Vabadussoja_Ajaloo_Komitee, lk 260
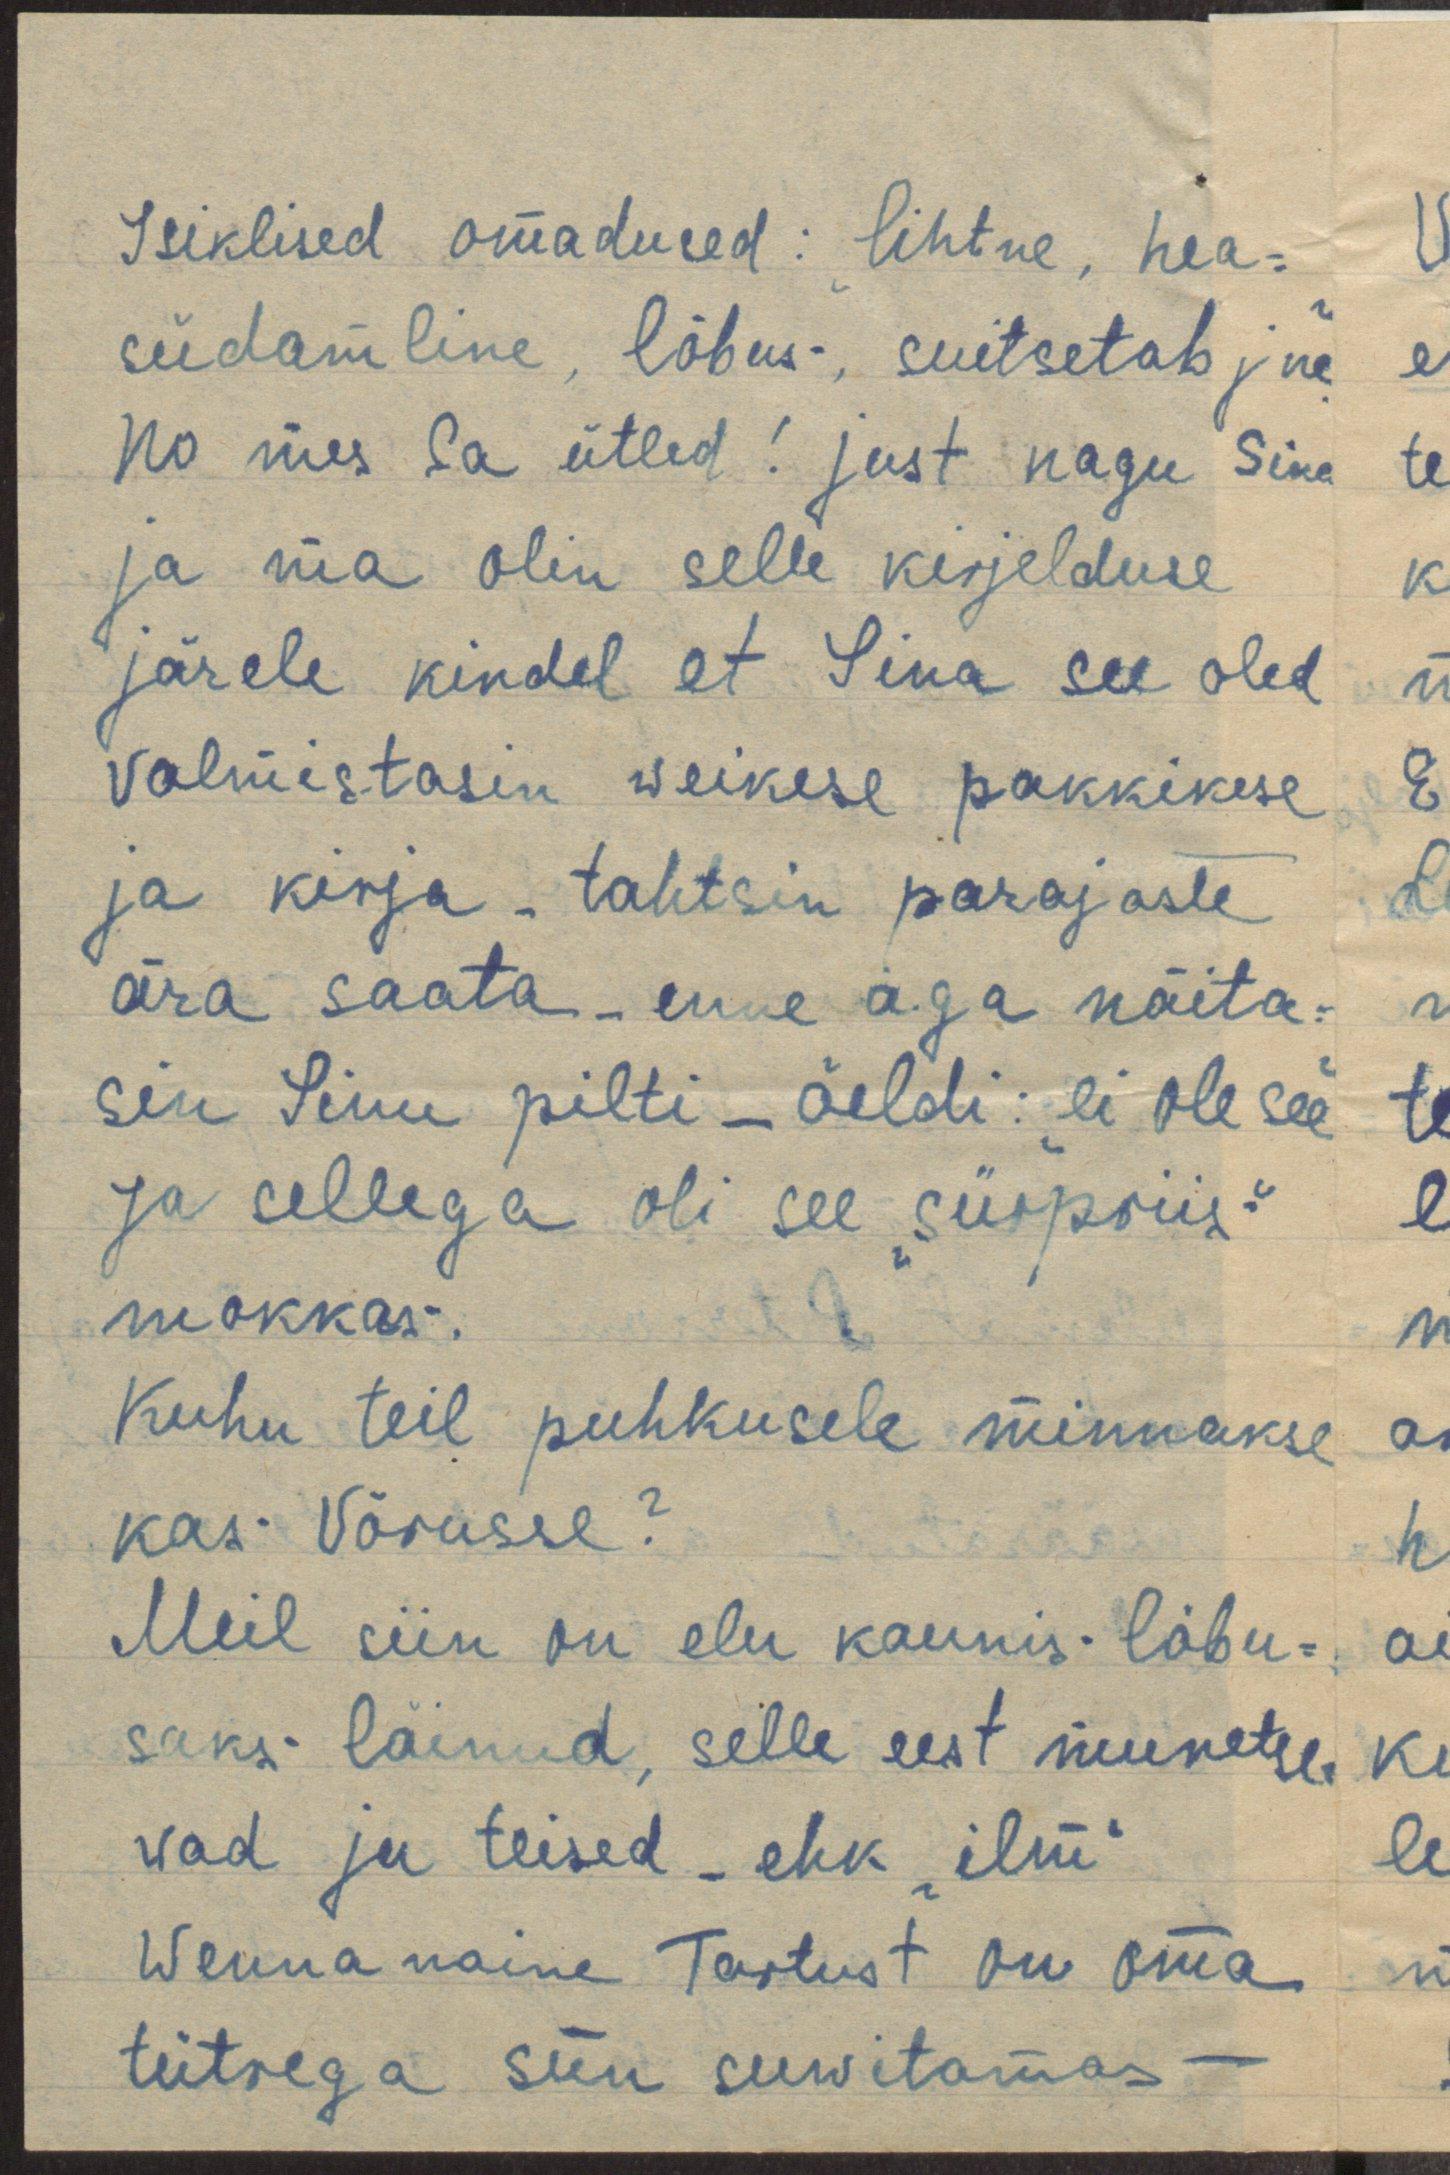
Isiklised omadused: lihtne, hea-
südamline, lõbus, suitsetab jne."
No mes Sa ütled! just nagu Sina
ja ma olin selle kirjelduse
järele kindel et Sina see oled
Valmistasin weikese pakkikese
ja kirja, tahtsin parajaste
ära saata - enne aga näita-
sin Sinu pilti - öeldi: "ei ole see"
Ja sellega oli see "sürpriis"
mokkas.
Kuhu teil puhkusele minnakse
kas Võrusse?
Meil siin on elu kaunis lõbu-
saks läinud, selle eest muretse-
wad ju teised - ehk "ilm"
Wenna naine Tartust on oma
tütrega siin suwitamas